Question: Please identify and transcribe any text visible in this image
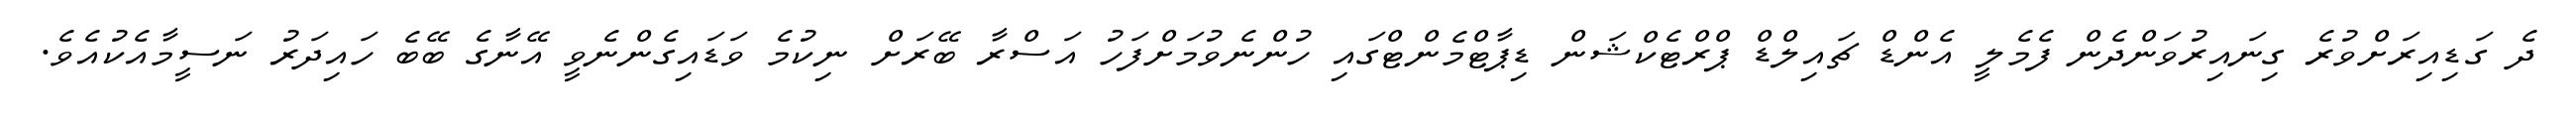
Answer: ދެ ގަޑިއިރަށްވުރެ ގިނައިރުވަންދެން ފެމެލީ އެންޑް ޗައިލްޑް ޕްރްޓެކްޝަން ޑިޕާޓްމެންޓްގައި ހުންނެވުމަށްފަހު އަސްރާ ބޭރަށް ނިކުމެ ވަޑައިގެންނެވީ އޭނާގެ ބޭބެ ހައިދަރު ނަސީމާއެކުއެވެ.